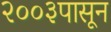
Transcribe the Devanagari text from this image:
२००३पासून